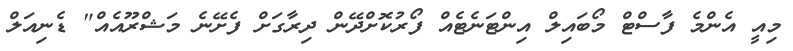
މިއީ އެންމެ ފާސްޓް މޯބައިލް އިންޓަނެޓެއް ފޯރުކޮށްދޭން ދިރާގަށް ފެށޭނެ މަޝްރޫއެއް" ޑެނިއަލް